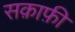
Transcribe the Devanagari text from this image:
सक़ाफ़ी